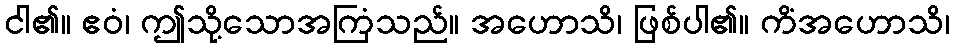
ငါ၏။ ဧဝံ၊ ဤသို့သောအကြံသည်။ အဟောသိ၊ ဖြစ်ပါ၏။ ကိံအဟောသိ၊